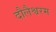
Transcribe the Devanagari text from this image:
दौलैश्वरम